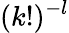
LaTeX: (k!)^{-l}